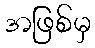
အဖြစ်မှ